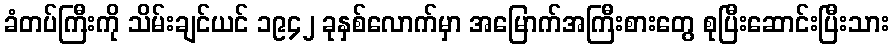
ခံတပ်ကြီးကို သိမ်းချင်ယင် ၁၉၄၂ ခုနှစ်လောက်မှာ အမြောက်အကြီးစားတွေ စုပြီးဆောင်းပြီးသား